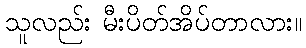
သူလည်း မီးပိတ်အိပ်တာလား။